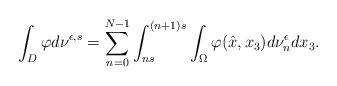
LaTeX: \begin{align*}\int_{D}\varphi d\nu^{\epsilon,s}=\sum_{n=0}^{N-1}\int_{ns}^{(n+1)s}\int_{\Omega}\varphi(\hat x,x_3)d\nu_n^{\epsilon} dx_3.\end{align*}